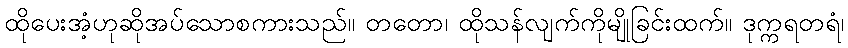
ထိုပေးအံ့ဟုဆိုအပ်သောစကားသည်။ တတော၊ ထိုသန်လျက်ကိုမျိုခြင်းထက်။ ဒုက္ကရတရံ၊